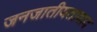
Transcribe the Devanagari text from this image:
जनजातीयतावाद